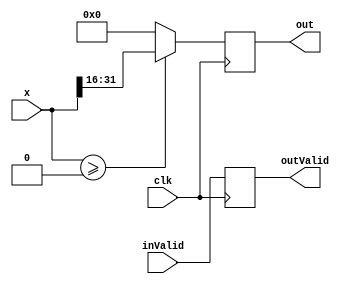
module ReLU  #(parameter dataWidth=16,weightIntWidth=4) (
    input           clk,
    input   [2*dataWidth-1:0]   x,
    input   inValid,
    output  reg [dataWidth-1:0]  out,
    output  reg outValid
);


always @(posedge clk)
begin
    outValid <= inValid;
    if($signed(x) >= 0)
        out <= x[2*dataWidth-1-:dataWidth];
    else 
        out <= 0;      
end

endmodule